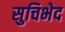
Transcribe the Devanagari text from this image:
सुचिभेद